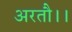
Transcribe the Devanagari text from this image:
अरतौ।।